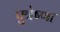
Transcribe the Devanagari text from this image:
पुत्रेष्णा